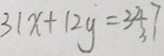
3 1 x + 1 2 y = 3 4 7